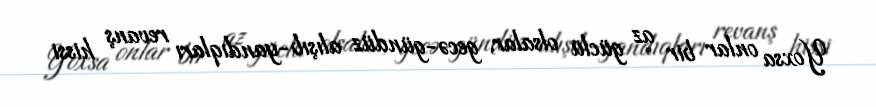
Yoxsa onlar bir az güclü olsalar, gecə-gündüz alışıb-yandıqları revanş hissi